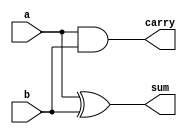
`timescale 1ns / 1ps
//////////////////////////////////////////////////////////////////////////////////
// Company: 
// Engineer: 
// 
// Design Name: 
// Module Name: halfAdder
// Project Name: 
// Target Devices: 
// Tool Versions: 
// Description: 
// 
// Dependencies: 
// 
// Revision:
// Revision 0.01 - File Created
// Additional Comments:
// 
//////////////////////////////////////////////////////////////////////////////////

module halfAdder(a,b,sum,carry);
  //assigning input parameters pin
  input a,b;
  //assigning output parameters pin
  output sum,carry;
 
  //Implementing our model of Half Adder
  xor(sum,a,b);
  and(carry,a,b);
  
endmodule